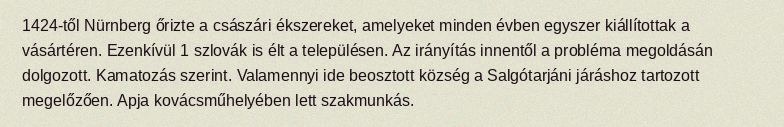
1424-től Nürnberg őrizte a császári ékszereket, amelyeket minden évben egyszer kiállítottak a vásártéren. Ezenkívül 1 szlovák is élt a településen. Az irányítás innentől a probléma megoldásán dolgozott. Kamatozás szerint. Valamennyi ide beosztott község a Salgótarjáni járáshoz tartozott megelőzően. Apja kovácsműhelyében lett szakmunkás.